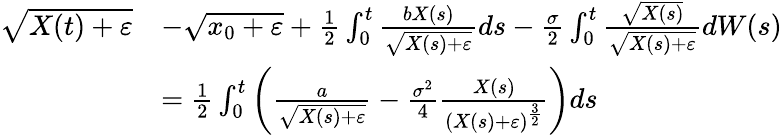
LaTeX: \begin{array}{rl}{\sqrt{X(t)+\varepsilon}}&{-\sqrt{x_{0}+\varepsilon}+\frac{1}{2}\int_{0}^{t}\frac{bX(s)}{\sqrt{X(s)+\varepsilon}}ds-\frac{\sigma}{2}\int_{0}^{t}\frac{\sqrt{X(s)}}{\sqrt{X(s)+\varepsilon}}dW(s)}\\ &{=\frac{1}{2}\int_{0}^{t}\left(\frac{a}{\sqrt{X(s)+\varepsilon}}-\frac{\sigma^{2}}{4}\frac{X(s)}{(X(s)+\varepsilon)^{\frac{3}{2}}}\right)ds}\end{array}